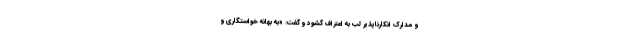
و مدارک انکارناپذیر لب به اعتراف گشود و گفت: «به بهانه خواستگاری و